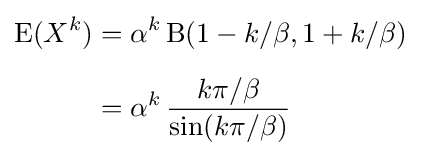
{\begin{aligned}\operatorname {E} (X^{k})&=\alpha ^{k}\operatorname {B} (1-k/\beta ,1+k/\beta )\\[5pt]&=\alpha ^{k}\,{k\pi /\beta  \over \sin(k\pi /\beta )}\end{aligned}}